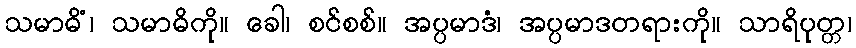
သမာဓိံ၊ သမာဓိကို။ ခေါ၊ စင်စစ်။ အပ္ပမာဒံ၊ အပ္ပမာဒတရားကို။ သာရိပုတ္တ၊